Senior Leaving Certificate Examination (including Day School Certificate (Higher) General paper), 1948
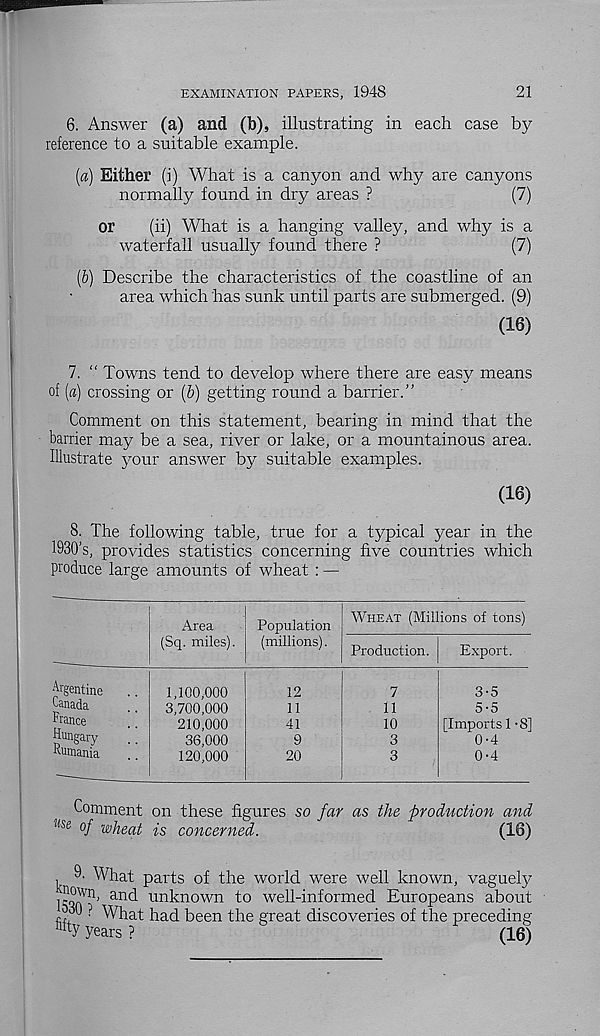
EXAMINATION PAPERS, 1948
21
6. Answer (a) and (b), illustrating in each case by
reference to a suitable example.
[а) Either (i) What is a canyon and why are canyons
normally found in dry areas ?
(7)
or
(ii) What is a hanging valley, and why is a
waterfall usually found there ?
(7)
(б) Describe the characteristics of the coastline of an
area which has sunk until parts are submerged. (9)
(16)
7. “ Towns tend to develop where there are easy means
of (a) crossing or (b) getting round a barrier.”
Comment on this statement, bearing in mind that the
barrier may be a sea, river or lake, or a mountainous area.
Illustrate your answer by suitable examples.
(16)
8. The following table, true for a typical year in the
1930’s, provides statistics concerning five countries which
produce large amounts of wheat : —
Area
(Sq. miles).
Population
(millions).
WHEAT (Millions of tons)
Production.
Export.
Argentine
Canada
France
Hungary
Rumania
1,100,000
3,700,000
210,000
36,000
120,000
12
11
41
9
20
7
11
10
3
3
3-5
5-5
[Imports 1 -8]
0-4
0-4
Comment on these figures so far as the production and
Use °f wheat is concerned.
(16)
9- What parts of the world were well known, vaguely
nowri, and unknown to well-informed Europeans about
? What had been the great discoveries of the preceding
Years ?
(16)